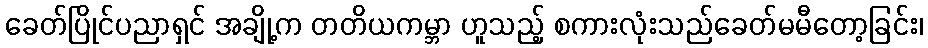
ခေတ်ပြိုင်ပညာရှင် အချို့က တတိယကမ္ဘာ ဟူသည့် စကားလုံးသည်ခေတ်မမီတော့ခြင်း၊